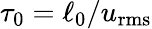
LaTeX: \tau_{0}=\ell_{0}/u_{\mathrm{rms}}